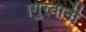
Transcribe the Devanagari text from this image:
।गुरबानी